Medical and sanitary report on the native army of Bombay for the year
Year: 1878
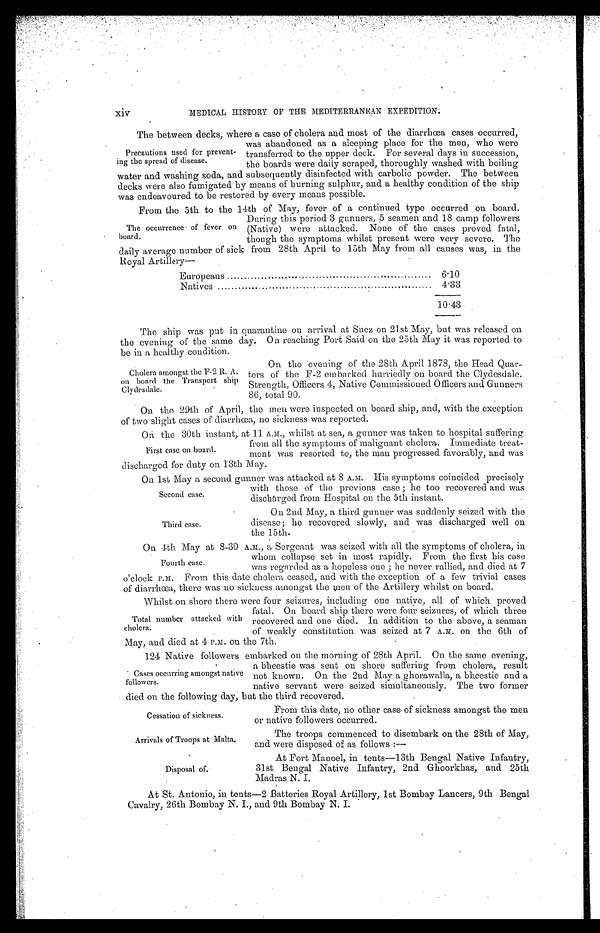
xiv
MEDICAL HISTORY OF THE MEDITERRANEAN EXPEDITION.
The between decks, where a case of cholera and most of the diarrhoea cases occurred,
was abandoned as a sleeping place for the men, who were
Precautions used for prevent- transferred. to the upper deck. For several days in succession,
ing the spread of disease.
the boards were daily scraped, thoroughly washed with boiling
water and washing soda, and subsequently disinfected with carbolic powder. The between
decks were also fumigated by means of burning sulphur, and a healthy condition of the ship
was endeavoured to. be restored by every means possible.
From the 5th to the 14th of May, fever of a continued type occurred on board.
During this period 3 gunners, 5 seamen and 18 camp followers
The occurrence of fever on (Native) were attacked. None of the cases proved fatal,
board. though the symptoms whilst present were very severe. The
daily average number of sick from 28th April to 15th May from all causes was, in the
Royal Artillery—
Europeans
6.10
Natives
4.33
•
10.43
The ship was put in quarantine on arrival at Suez on 21st May, but was released on
the evening of the same day. On reaching Port Said on the 25th May it was reported to
be in a healthy condition.
On the evening of the 28th April 1878, the Head Quar-
Cholera amongst the F-2 R. A. ters of the F-2 embarked hurriedly on board the Clydesdale.
on board the Transport. ship Strength,
trength, Officers 4, Native Commissioned Officers and Gunners
Cl y d e s d e l e .
86, total 90.
On the 29th of April, the men were inspected on board ship, and, with the exception
of two slight cases of diarrhoea, no sickness was reported.
On the 30th instant, at 11. A.M., whilst at sea, a gunner was taken to hospital suffering
from all the symptoms of malignant cholera. Immediate treat-
First case on board.
ment was resorted to, the man progressed favorably, and was
discharged for duty on 13th May.
On 1st May a second gunner was attacked at 8 A.M. His symptoms coincided precisely
with those of the previous case ; he too recovered and was
Second case.
discharged from Hospital on the 5th instant.
On 2nd May, a third gunner was suddenly seized with the
Third case.
disease; he recovered slowly, and was discharged well on
the 15th.
On 4th May at 8-30 A.M., a Sergeant was seized with all the symptoms of cholera, in
whom collapse set in most rapidly. From the first his case
Fourth case.
was regarded as a hopeless one ; he never rallied, and died at 7
o’clock P.M. From this date cholera ceased, and with the exception of a few trivial cases
of diarrhoea, there was no sickness amongst the men of the Artillery whilst on board.
Whilst on shore there were four seizures, including one native, all of which proved
fatal. On board ship there were four seizures, of which three
Total number attacked with recovered and one died. In addition to the above, a seaman
cholera.
of weakly constitution was seized at 7 A.M. on the 6th of
May, and died at 4 P.M. on the 7th.
124 Native followers embarked on the morning of 28th April. On the same evening,
a bheestie was sent on shore suffering from cholera, result
Cases occurring amongst native not known. On the 2nd May a ghorawalla, a bheestie and a
followers.
native servant were seized simultaneously. The two former
• died on the following day, but the third recovered.
Cessation of sickness.
or native followers occurred.
lta
A r r i v a l s o f t r o o o p s a t M a l t a .
The troops commenced to disembark on the 28th of May,
and were disposed of as follows:—
At Fort Manoel, in tents—13th Bengal Native Infantry,
Disposal of.
31st Bengal Native Infantry, 2nd Ghoorkhas, and 25th
Madras N. I.
At St. Antonio, in tents-2 Batteries Royal Artillery, 1st Bombay Lancers, 9th Bengal
Cavalry, 26th Bombay N. I., and 9th Bombay N. I.